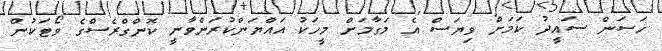
ހަސަން ސައީދު ކަމަށް ވިޔަސް އެ މަގާމަށް މީހަކު އައްޔަންކުރަންވާނީ ކޮންގްރެސްގެ ވޯޓަކުން